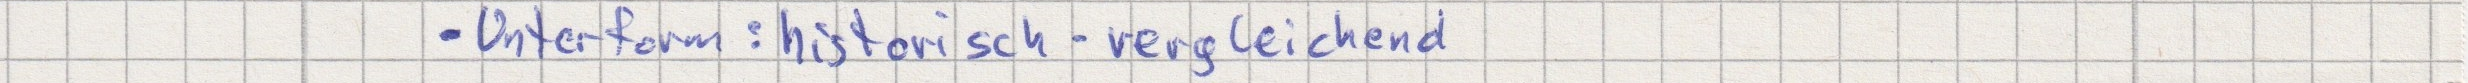
- Unterform: historisch-vergleichend